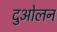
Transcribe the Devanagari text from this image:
दुओलन